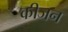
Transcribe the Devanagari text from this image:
कीजन